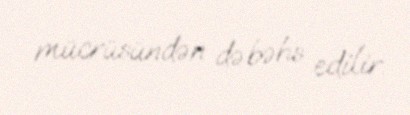
mücrüsündən də bəhs edilir.